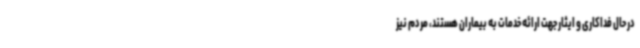
در حال فداکاری و ایثار جهت ارائه خدمات به بیماران هستند، مردم نیز